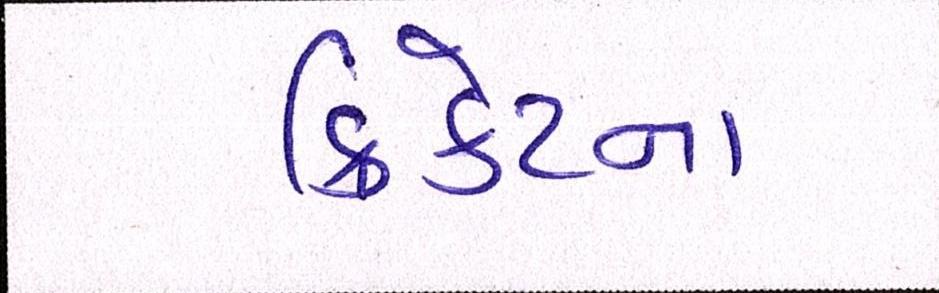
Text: ક્રિકેટના